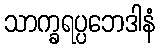
သာက္ခရပ္ပဘေဒါနံ